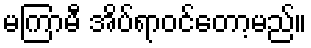
မကြာမီ အိပ်ရာဝင်တော့မည်။